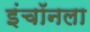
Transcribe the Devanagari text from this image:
इंचॉनला